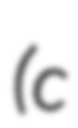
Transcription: (c